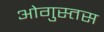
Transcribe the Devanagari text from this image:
ओगुस्तस